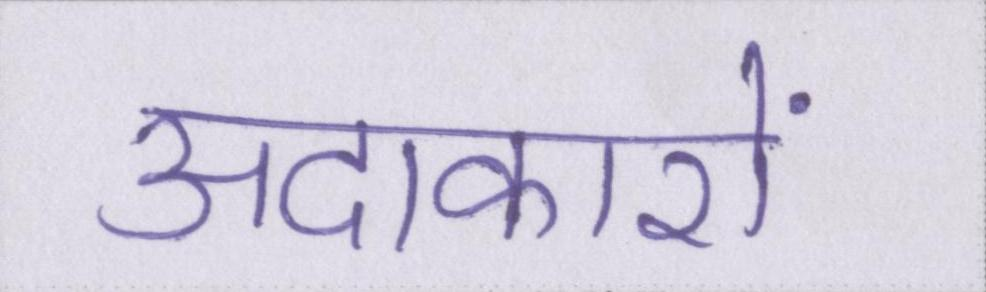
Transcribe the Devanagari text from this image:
अदाकारों